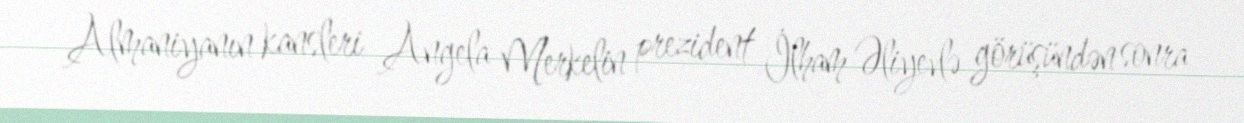
Almaniyanın kansleri Angela Merkelin prezident İlham Əliyevlə görüşündən sonra